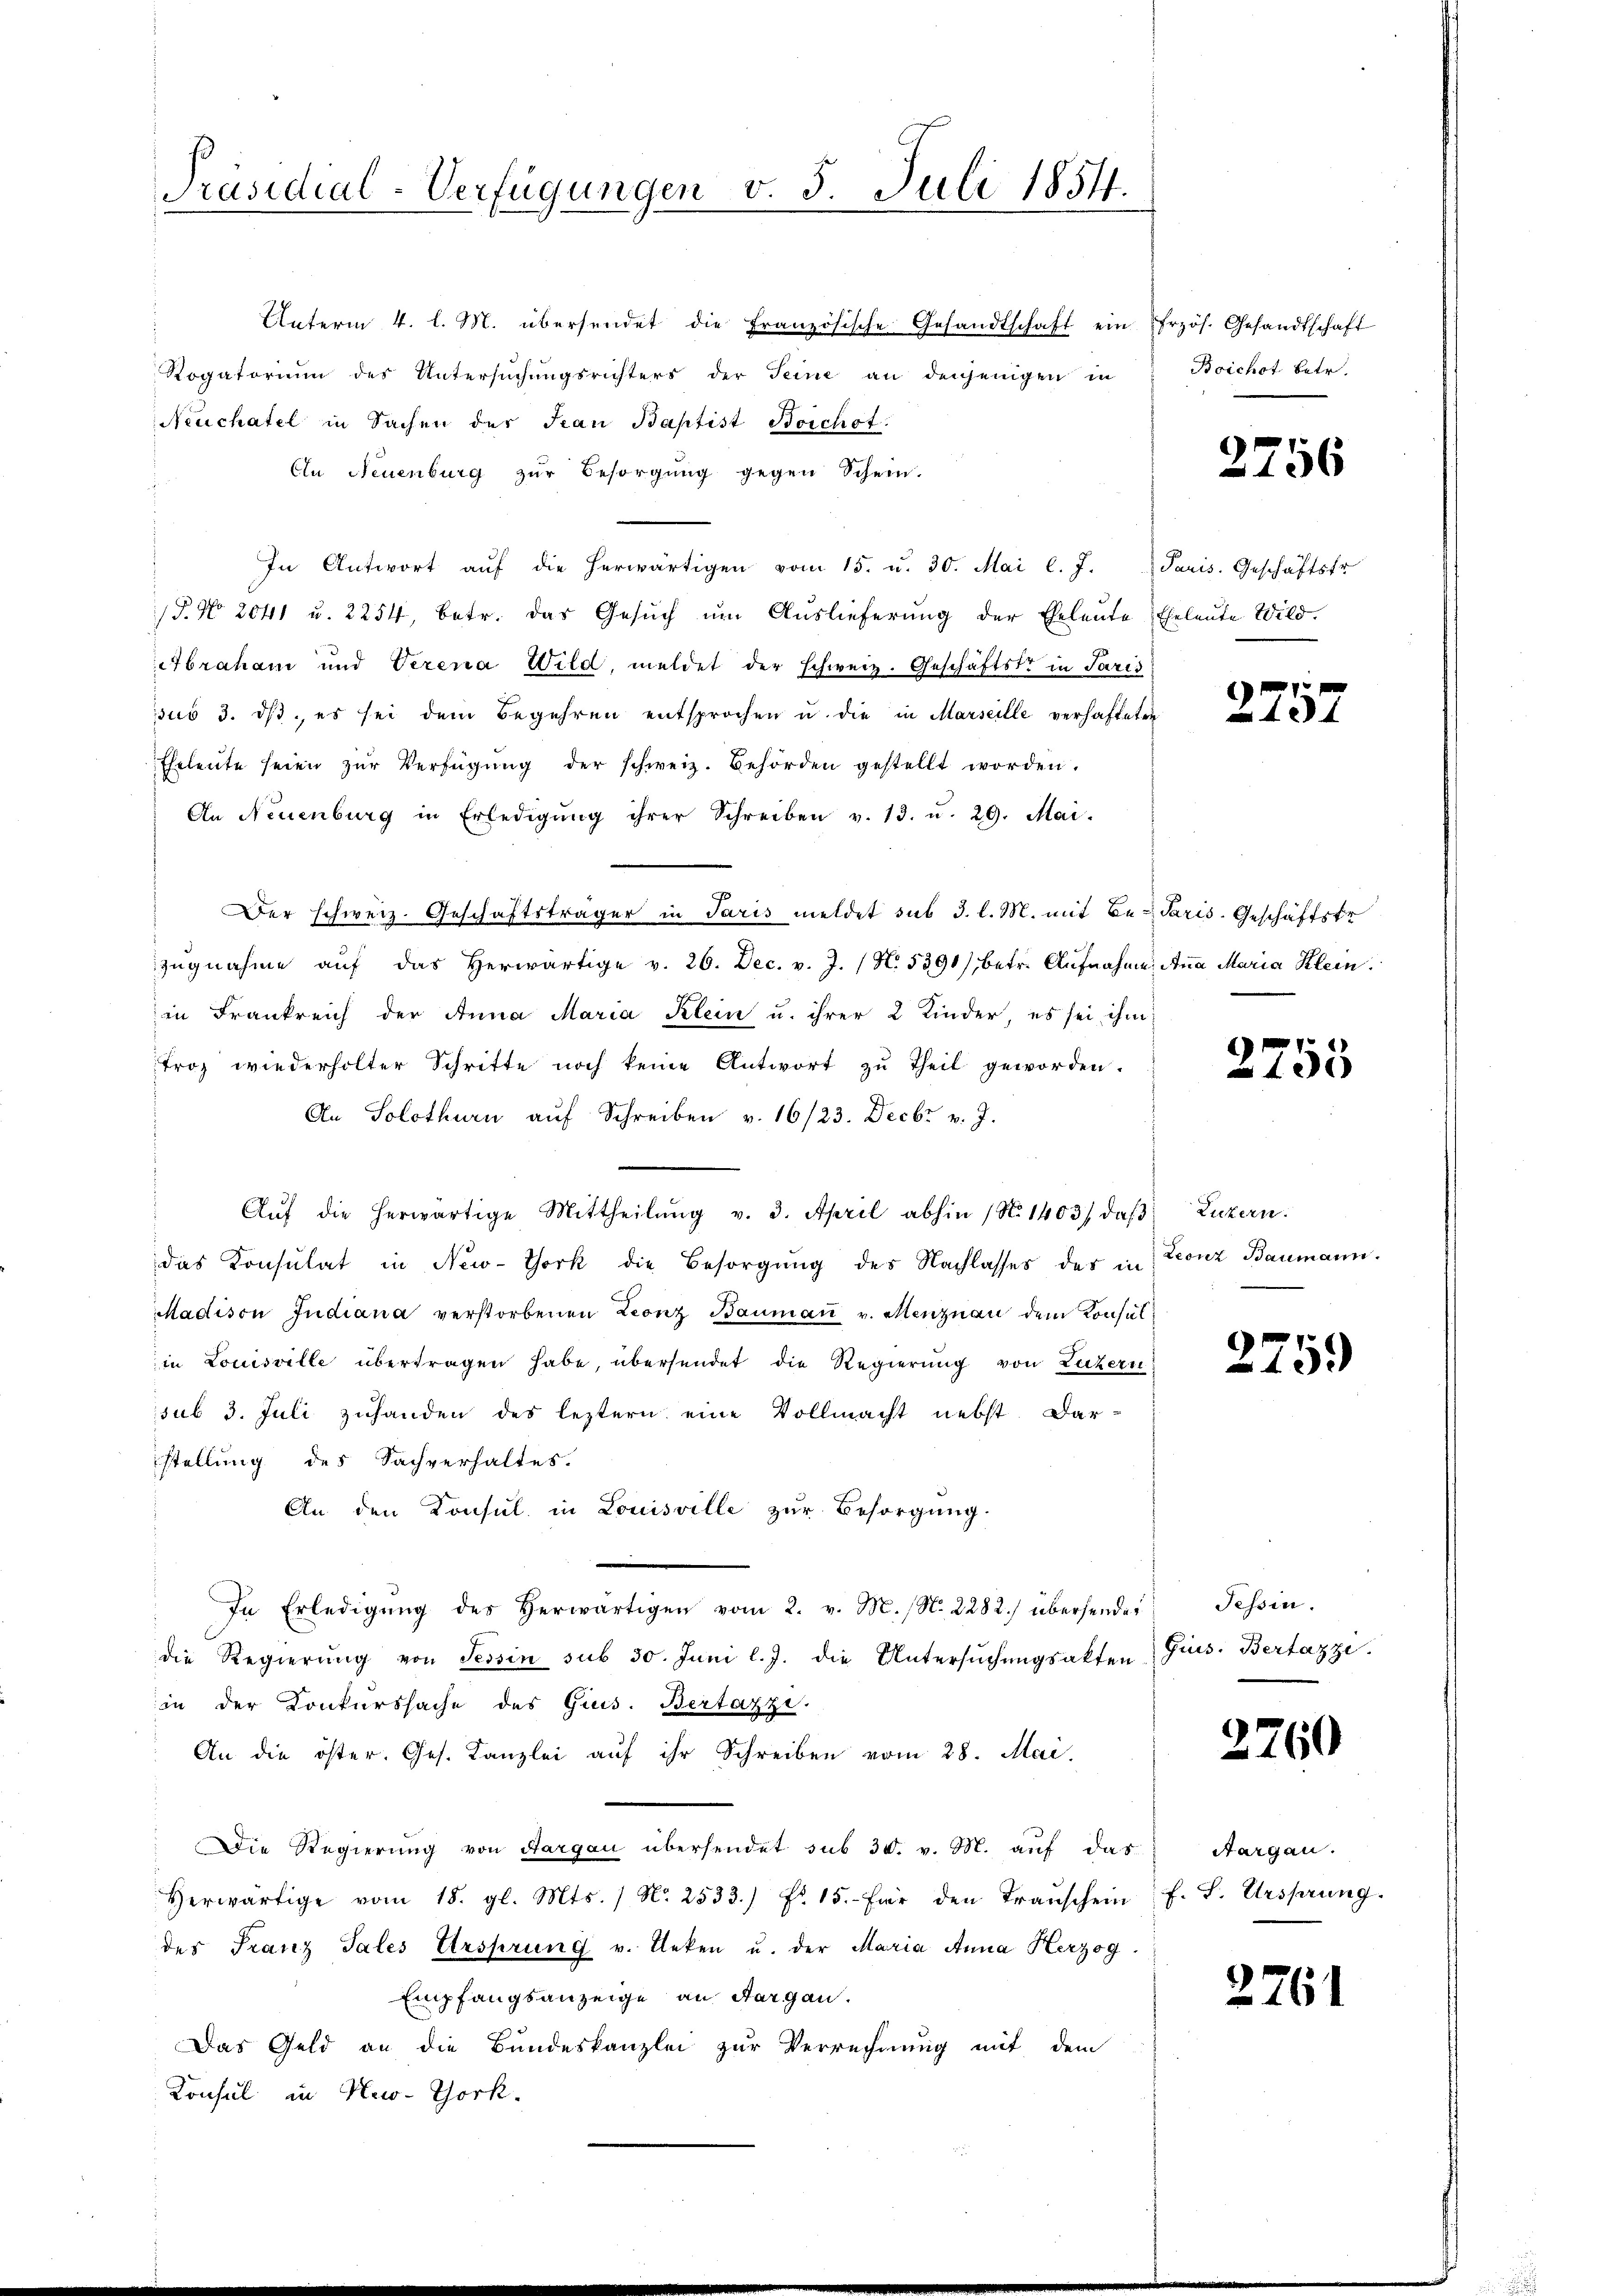
Präsidial-Verfügungen v. 5. Juli 1854.

Unterm 4. l. M. übersendet die Französische Gesandtschaft ein frzös. Gesandtschaft
Rogatorium des Untersŭchŭngsrichters der Seine an denjenigen in
Neuchatel in Sachen des Jean Baptist Boichof
An Neuenburg zŭr Besorgŭng gegen Schein.
In Antwort aŭf die herwärtigen vom 15. u. 30. Mai l. J.
P. Nr. 2041 u. 2254, betr. das Gesŭch ŭm Aŭslieferŭng der Eheleŭte Eheleute Wild.
Abraham und Verena Wild, meldet der schweiz. Geschäftstr in Paris
sus 3. dβ es sei dem Begehren entsprochen u. die in Marseille verhafteten
Eheleute seien zŭr Verfügŭng der schweiz. Behörden gestellt worden.
An Neuenburg in Erledigŭng ihrer Schreiben v. 13. u. 29. Mai.
Der schweiz. Geschäftsträger in Paris meldet sub 3. l. M. mit Be-Paris. Geschäftstr
zŭgnahme aŭf das herwärtige v. 26. Dec. v. J. (N. 5390), betr. Aŭfnahme. Aṅa Maria Klein.
in Frankreich der Anna Maria Klein u. ihrer 2 Kinder, es sei ihm
troz wiederholter Schritte noch keine Antwort zŭ Theil geworden.
An Solothurn aŭf Schreiben v. 16/23. Decbr v. J.
Aŭf die herwärtige Mittheilŭng v. 3. April abhin (N. 1403), daβ Luzern:
das Konsulat in New-York die Besorgung des Nachlasses des in
adison Judiana verstorbenen Leonz Baumann v. Menznau dem Konsul
in Louisville übertragen habe, übersendet die Regierung von Luzern
sub 3. Juli zuhanden des leztern eine Vollmacht nebst. Dar-
stellung des Sachverhaltes.
An den Konsul in Louisville zur Besorgung.
In Erledigŭng des herwärtigen vom 2. v. M. (N. 2282) übersendet
die Regierung von Tessin sub 30. Juni l. J. die Untersuchungsakten.
in der Konkurssache des Gius. Bertazzi.
An die öster. Ges. Kanzlei aŭf ihr Schreiben vom 28. Mai.
Die Regierŭng von Aargau übersendet sub 30. v. M. aŭf das Aargau.
Herwärtige vom 18. gl. Mts. / N. 2533.) Fr. 15. Für den Transchein
des Franz Tales Ursprung v. Unken u. der Maria Anna Herzog
Empfangsanzeige an Aargau.
Das Geld an die Bundeskanzlei zur Verrechnung mit dem
Konsul in New-York.

Boichst betr.

2756

Paris. Geschäftstr

2757

2755

Leonz Baumann.

2759

Tessin.
Gius. Bertazzi.

2760

f. S. Ursprung.

2761